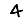
Digit: 4